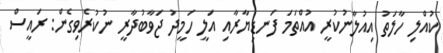
ކުއްލި ހާލަތު އިއުލާނުކުރީ އުއްތަމަ ފަނޑިޔާރާއި އަލީ ހަމީދު ޖަވާބުދާރީ ނުކުރެވިގެން: ރައީސް